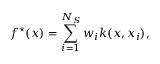
f ^ { \star } ( x ) = \sum _ { i = 1 } ^ { N _ { S } } w _ { i } k ( x , x _ { i } ) ,